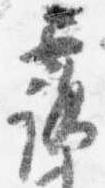
露